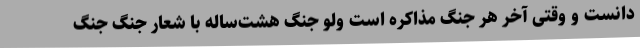
دانست و وقتی آخر هر جنگ مذاکره است ولو جنگ هشت‌ساله با شعار جنگ جنگ